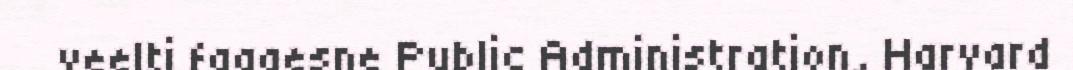
veelti faagesne Public Administration, Harvard